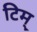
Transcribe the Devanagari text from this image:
टिम्